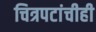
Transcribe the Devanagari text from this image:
चित्रपटांचीही